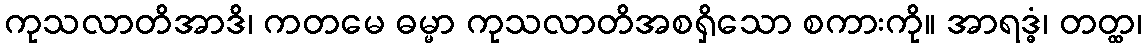
ကုသလာတိအာဒိ၊ ကတမေ ဓမ္မာ ကုသလာတိအစရှိသော စကားကို။ အာရဒ္ဓံ၊ တတ္ထ၊